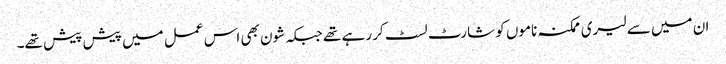
ان میں سے لیری ممکنہ ناموں کو شارٹ لسٹ کر رہے تھے جبکہ شون بھی اس عمل میں پیش پیش تھے۔